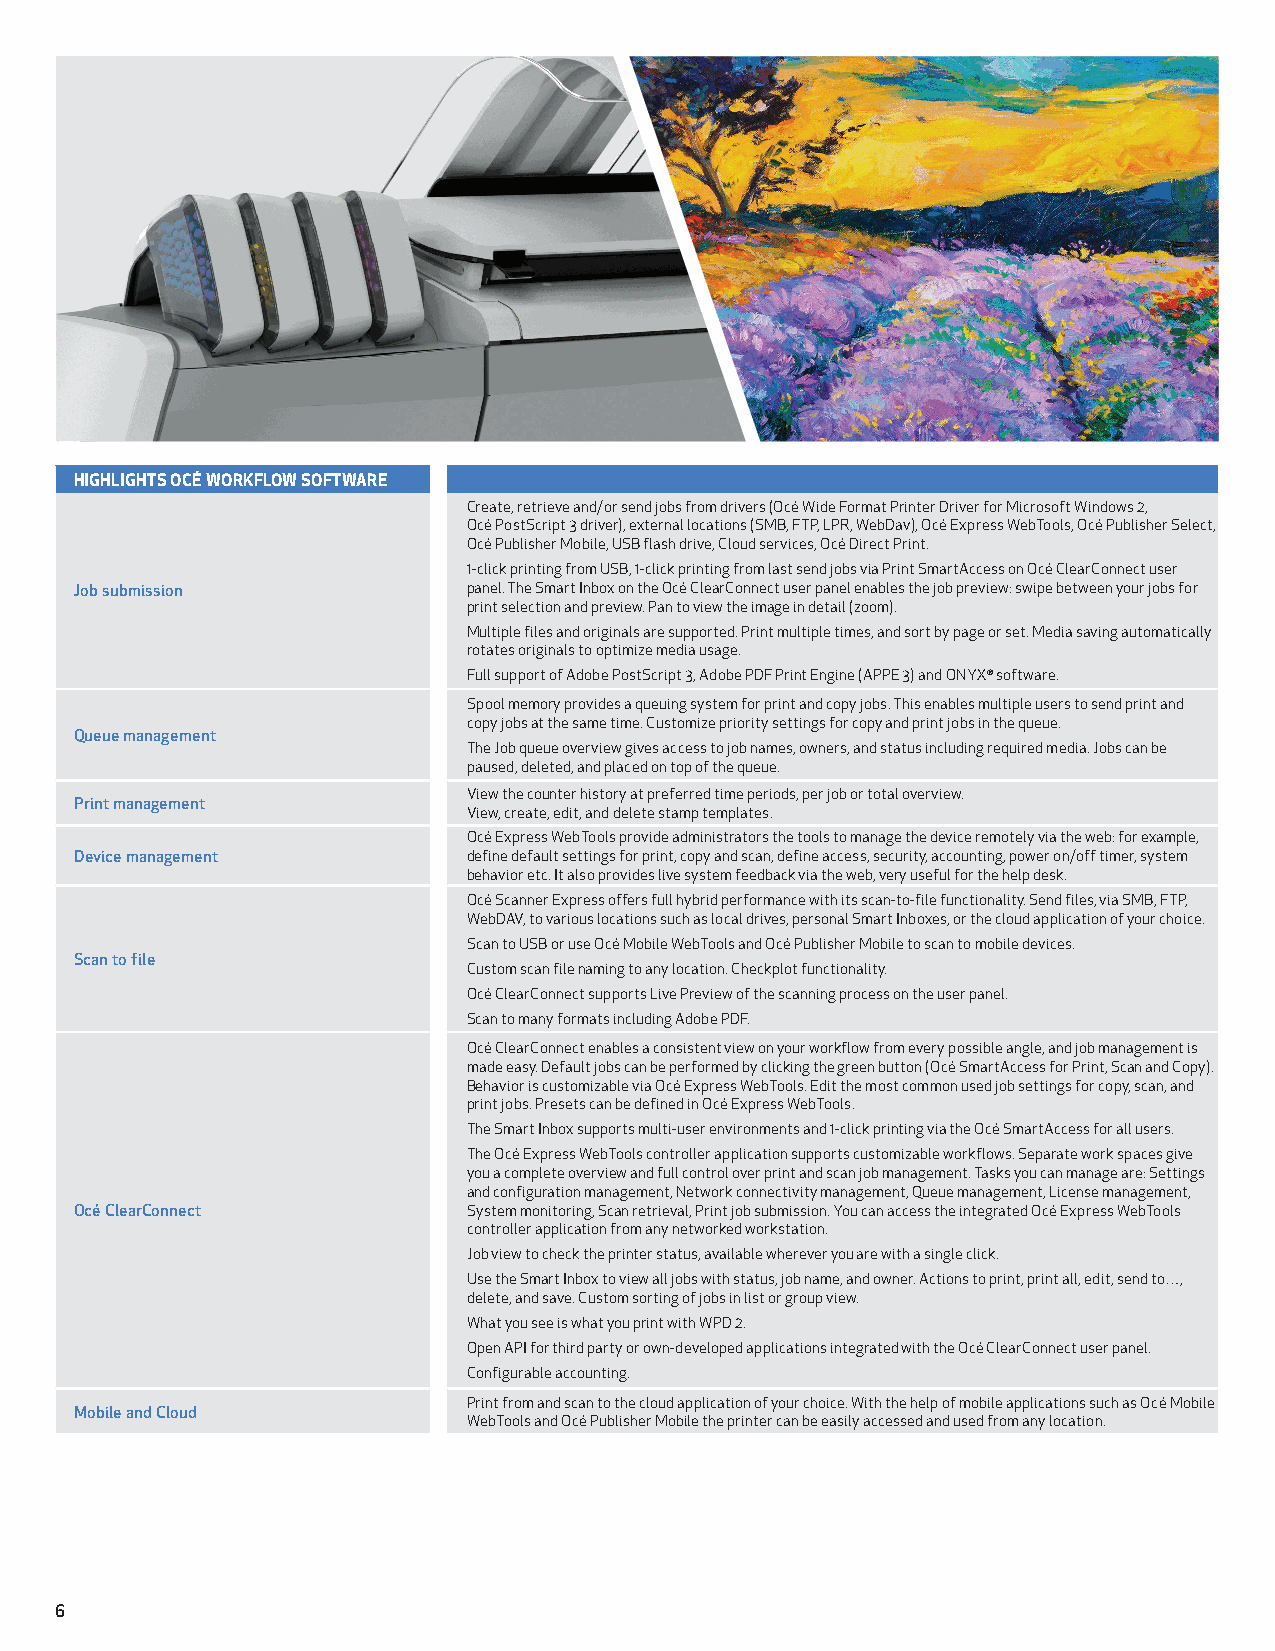
HIGHLIGHTS OCÉ WORKFLOW SOFTWARE
 Create, retrieve and/or send jobs from drivers (Océ Wide Format Printer Driver for Microsoft Windows 2,
 Océ PostScript 3 driver), external locations (SMB, FTP, LPR, WebDav), Océ Express WebTools, Océ Publisher Select,
 Océ Publisher Mobile, USB flash drive, Cloud services, Océ Direct Print.
 1-click printing from USB, 1-click printing from last send jobs via Print SmartAccess on Océ ClearConnect user
 Job submission            panel. The Smart Inbox on the Océ ClearConnect user panel enables the job preview: swipe between your jobs for
 print selection and preview. Pan to view the image in detail (zoom).
 Multiple files and originals are supported. Print multiple times, and sort by page or set. Media saving automatically
 rotates originals to optimize media usage.
 Full support of Adobe PostScript 3, Adobe PDF Print Engine (APPE 3) and ONYX® software.
 Spool memory provides a queuing system for print and copy jobs. This enables multiple users to send print and
 copy jobs at the same time. Customize priority settings for copy and print jobs in the queue.
 Queue management
 The Job queue overview gives access to job names, owners, and status including required media. Jobs can be
 paused, deleted, and placed on top of the queue.
 View the counter history at preferred time periods, per job or total overview.
 Print management
 View, create, edit, and delete stamp templates.
 Océ Express WebTools provide administrators the tools to manage the device remotely via the web: for example,
 Device management         define default settings for print, copy and scan, define access, security, accounting, power on/off timer, system
 behavior etc. It also provides live system feedback via the web, very useful for the help desk.
 Océ Scanner Express offers full hybrid performance with its scan-to-file functionality. Send files, via SMB, FTP,
 WebDAV, to various locations such as local drives, personal Smart Inboxes, or the cloud application of your choice.
 Scan to USB or use Océ Mobile WebTools and Océ Publisher Mobile to scan to mobile devices.
 Scan to file
 Custom scan file naming to any location. Checkplot functionality.
 Océ ClearConnect supports Live Preview of the scanning process on the user panel.
 Scan to many formats including Adobe PDF.
 Océ ClearConnect enables a consistent view on your workflow from every possible angle, and job management is
 made easy. Default jobs can be performed by clicking the green button (Océ SmartAccess for Print, Scan and Copy).
 Behavior is customizable via Océ Express WebTools. Edit the most common used job settings for copy, scan, and
 print jobs. Presets can be defined in Océ Express WebTools.
 The Smart Inbox supports multi-user environments and 1-click printing via the Océ SmartAccess for all users.
 The Océ Express WebTools controller application supports customizable workflows. Separate work spaces give
 you a complete overview and full control over print and scan job management. Tasks you can manage are: Settings
 and configuration management, Network connectivity management, Queue management, License management,
 Océ ClearConnect          System monitoring, Scan retrieval, Print job submission. You can access the integrated Océ Express WebTools
 controller application from any networked workstation.
 Job view to check the printer status, available wherever you are with a single click.
 Use the Smart Inbox to view all jobs with status, job name, and owner. Actions to print, print all, edit, send to…,
 delete, and save. Custom sorting of jobs in list or group view.
 What you see is what you print with WPD 2.
 Open API for third party or own-developed applications integrated with the Océ ClearConnect user panel.
 Configurable accounting.
 Print from and scan to the cloud application of your choice. With the help of mobile applications such as Océ Mobile
 Mobile and Cloud
 WebTools and Océ Publisher Mobile the printer can be easily accessed and used from any location.
 6